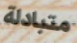
متبادلة